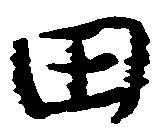
田